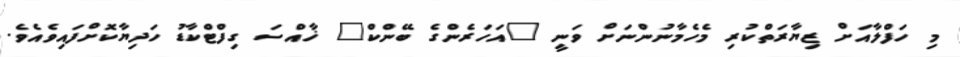
މި ހަފްލާއަށް ޒިޔާރަތްކުރި މެހެމާނުންނަށް ވަނީ "އަހަރެންގެ ބޭންކް" ޚާއްސަ ގިފްޓްކާޑު ހަދިޔާކޮށްފައިވެއެވެ.